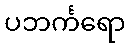
ပဘင်္ကရော